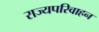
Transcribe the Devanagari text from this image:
राज्यपरिवाहन